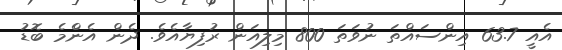
އެއީ 63.7 އިންސައްތަ ނުވަތަ 800 މިލިއަން ރުފިޔާއެވެ. ދެން އެންެމެ ބޮޑު